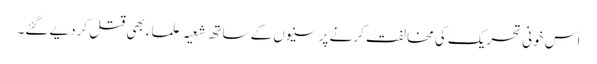
اس خونی تحریک کی مخالفت کرنے پر سنیوں کے ساتھ شعیہ علماء بھی قتل کردیے گئے۔